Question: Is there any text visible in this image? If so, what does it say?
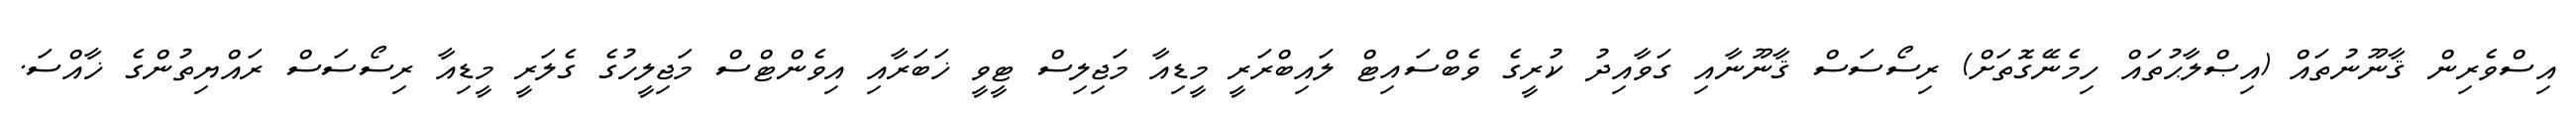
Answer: އިސްވެރިން ޤާނޫނުތައް (އިޞްލާޙުތައް ހިމެނޭގޮތަށް) ރިސޯސަސް ޤާނޫނާއި ގަވާއިދު ކުރީގެ ވެބްސައިޓް ލައިބްރަރީ މީޑިއާ މަޖިލިސް ޓީވީ ޚަބަރާއި އިވެންޓްސް މަޖިލީހުގެ ގެލަރީ މީޑިއާ ރިސޯސަސް ރައްޔިތުންގެ ޚާއްސަ.